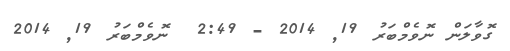
ގޮވާލަން ނޮވެމްބަރު 19